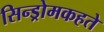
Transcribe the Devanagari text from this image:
सिन्ड्रोमकहते